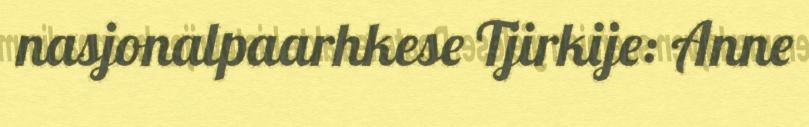
nasjonalpaarhkese Tjirkije: Anne